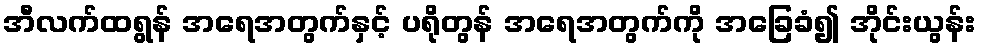
အီလက်ထရွန် အရေအတွက်နှင့် ပရိုတွန် အရေအတွက်ကို အခြေခံ၍ အိုင်းယွန်း